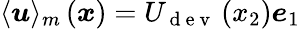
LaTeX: \langle\boldsymbol{u}\rangle_{m}\left(\boldsymbol{x}\right)=U_{\mathrm{~d~e~v~}}\left(x_{2}\right)\boldsymbol{e}_{1}